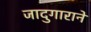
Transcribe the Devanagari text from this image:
जादुगाराने